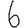
Digit: 6